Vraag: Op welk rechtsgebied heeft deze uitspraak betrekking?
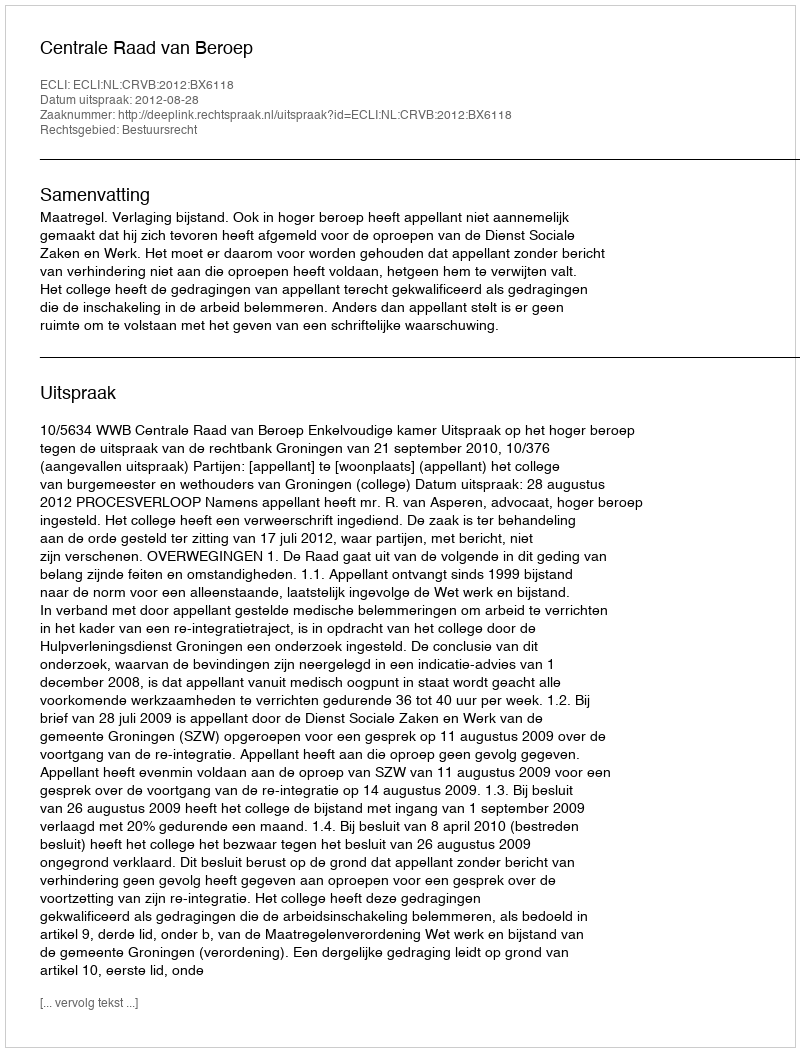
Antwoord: Bestuursrecht